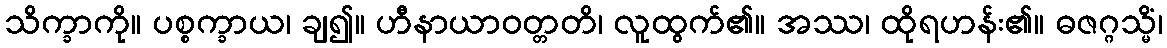
သိက္ခာကို။ ပစ္စက္ခာယ၊ ချ၍။ ဟီနာယာဝတ္တတိ၊ လူထွက်၏။ အဿ၊ ထိုရဟန်း၏။ ဓဇဂ္ဂသ္မိံ၊